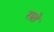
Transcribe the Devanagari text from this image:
रम्न्ते